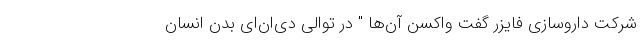
شرکت داروسازی فایزر گفت واکسن آن‌ها " در توالی دی‌ان‌ای بدن انسان